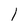
Character: 1